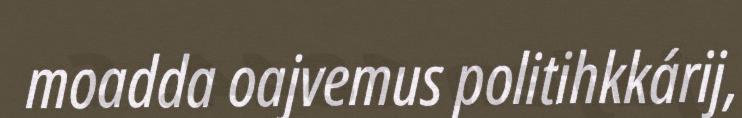
moadda oajvemus politihkkárij,